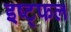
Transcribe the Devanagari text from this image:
इष्ट्फल